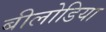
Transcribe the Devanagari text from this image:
बीलोडिया